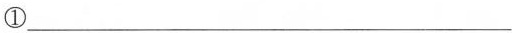
①___